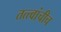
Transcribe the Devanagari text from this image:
तत्त्वांचीच